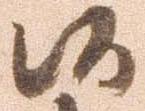
候